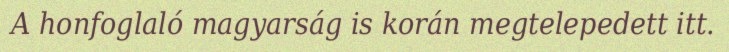
A honfoglaló magyarság is korán megtelepedett itt.